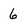
Character: 6